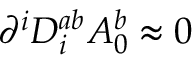
\partial ^ { i } D _ { i } ^ { a b } A _ { 0 } ^ { b } \approx 0